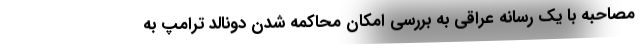
مصاحبه با یک رسانه‌ عراقی به بررسی امکان محاکمه شدن دونالد ترامپ به